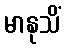
မာနုသိံ